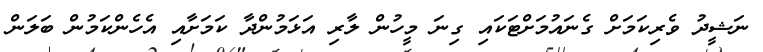
ނަޝީދު ވެރިކަމަށް ގެނައުމަށްޓަކައި ގިނަ މީހުން ލާރި އަޅަމުންދާ ކަމަށާއި އެހެންކަމުން ބަލަން